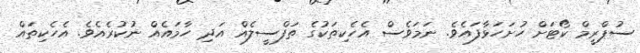
ސުޕްރީމް ކޯޓަށް ހުށަހަޅާފައެވެ. ނަމަވެސް އެހެކިތަކުގެ ތަފްސީލެއް އަދި ހާމައެއް ނުކުރެއެވެ. އެހެކިތައް